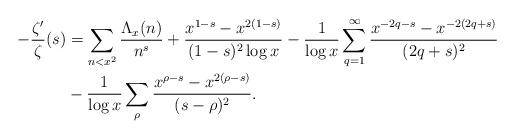
LaTeX: \begin{align*} -\frac{\zeta'}{\zeta}(s) &= \sum_{n<x^2}\frac{\Lambda_x(n)}{n^s} + \frac{x^{1-s}-x^{2(1-s)}}{(1-s)^2\log x} - \frac{1}{\log x}\sum_{q=1}^\infty\frac{x^{-2q-s}-x^{-2(2q+s)}}{(2q+s)^2} \\ &- \frac{1}{\log x}\sum_{\rho}\frac{x^{\rho-s}-x^{2(\rho-s)}}{(s-\rho)^2}. \end{align*}